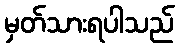
မှတ်သားရပါသည်